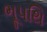
ભૂપથિ